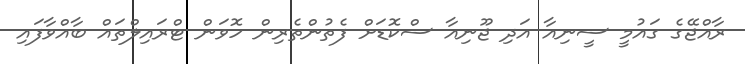
ރާއްޖޭގެ ގައުމީ ސީނިއާ އަދި ޖޫނިއާ ސްކޮޑަށް ފެތުންތެރިން ހޮވަން ޓްރައިލްތައް ބާއްވާފައި